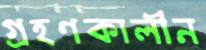
গ্রহণকালীন